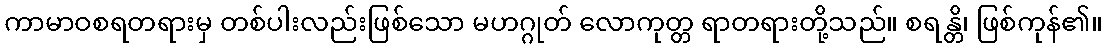
ကာမာဝစရတရားမှ တစ်ပါးလည်းဖြစ်သော မဟဂ္ဂုတ် လောကုတ္တ ရာတရားတို့သည်။ စရန္တိ၊ ဖြစ်ကုန်၏။